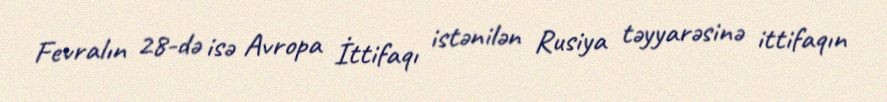
Fevralın 28-də isə Avropa İttifaqı istənilən Rusiya təyyarəsinə ittifaqın